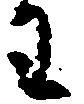
わ